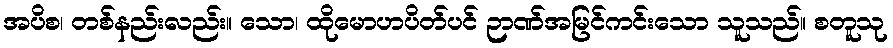
အပိစ၊ တစ်နည်းလည်း။ သော၊ ထိုမောဟပိတ်ပင် ဉာဏ်အမြင်ကင်းသော သူသည်။ စတူသု